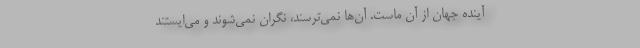
آینده جهان از آنِ ماست. آن‌ها نمی‌ترسند، نگران نمی‌شوند و می‌ایستند